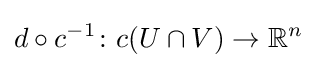
d\circ c^{-1}\colon c(U\cap V)\to \mathbb {R} ^{n}